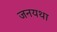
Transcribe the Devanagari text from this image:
जनयथा